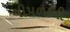
પીપળાની